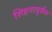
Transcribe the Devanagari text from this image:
शिष्टतापूर्वक